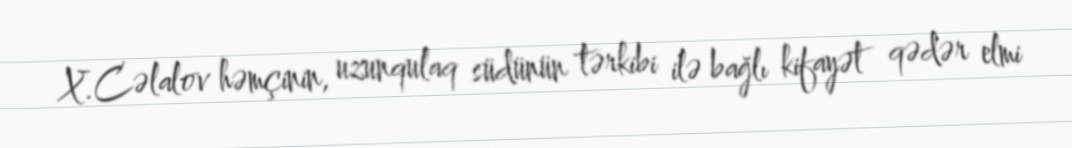
X.Cəlalov həmçinin, uzunqulaq südünün tərkibi ilə bağlı kifayət qədər elmi